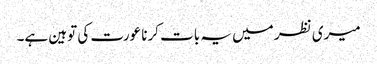
میری نظر میں یہ بات کرنا عورت کی توہین ہے۔